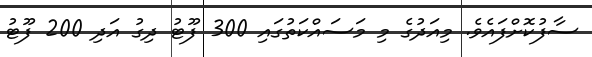
ސާފުކޮށްފައެވެ. މިއަދުގެ މި މަސައްކަތުގައި 300 ފޫޓު ދިގު އަދި 200 ފޫޓު